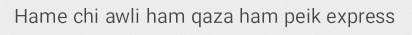
Hame chi awli ham qaza ham peik express